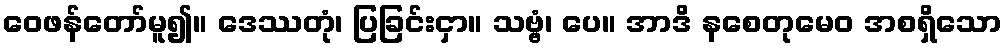
ဝေဖန်တော်မူ၍။ ဒေဿတုံ၊ ပြခြင်းငှာ။ သဗ္ဗံ၊ ပေ။ အာဒိ နစေတုမေဝ အစရှိသော